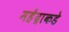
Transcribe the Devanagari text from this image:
महेंद्राकडे